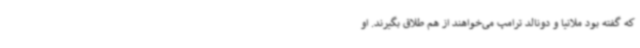
که گفته بود ملانیا و دونالد ترامپ می‌خواهند از هم طلاق بگیرند. او